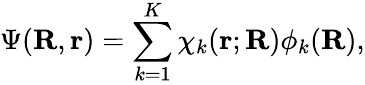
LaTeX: \Psi(\mathbf{R},\mathbf{r})=\sum_{k=1}^{K}\chi_{k}(\mathbf{r};\mathbf{R})\phi_{k}(\mathbf{R}),